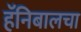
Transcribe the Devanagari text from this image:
हॅनिबालचा